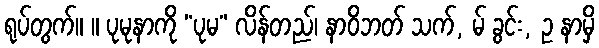
ရုပ်တွက်။ ။ ပုမုနာကို “ပုမ” လိန်တည်၊ နာဝိဘတ် သက်, မ် ခွင်း, ဥ နာမှိ